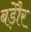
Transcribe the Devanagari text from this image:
बड़ेौर